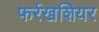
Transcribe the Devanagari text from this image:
फर्रखशियर